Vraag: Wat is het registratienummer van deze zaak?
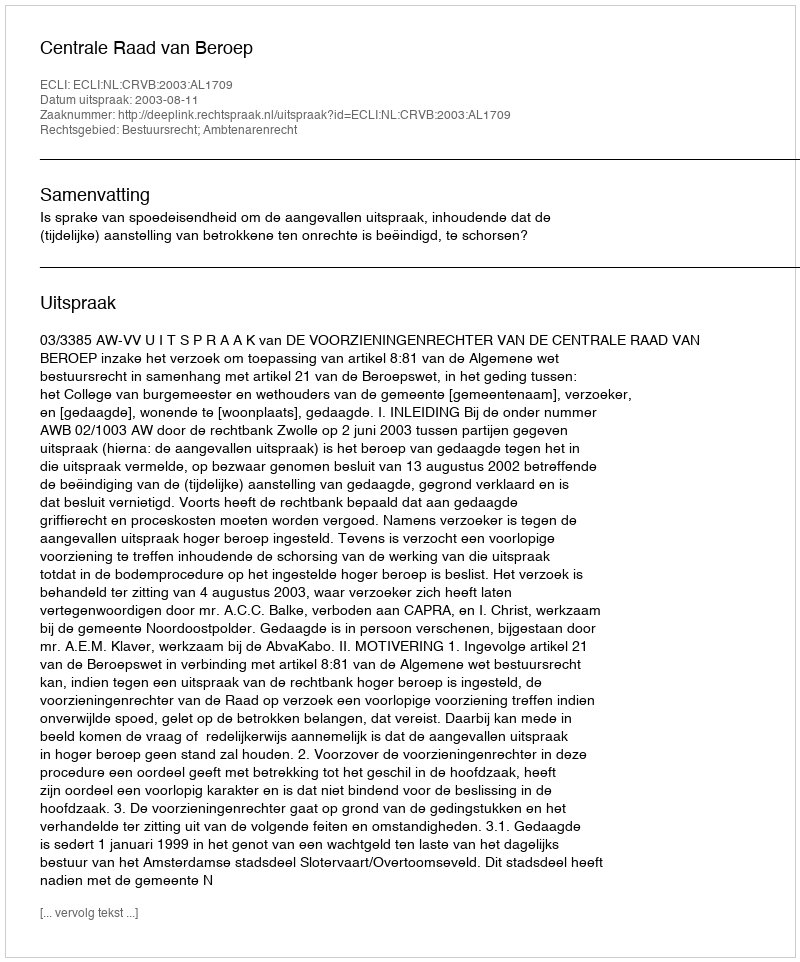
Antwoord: http://deeplink.rechtspraak.nl/uitspraak?id=ECLI:NL:CRVB:2003:AL1709